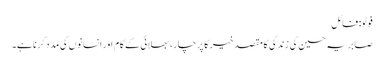
فوٹو: فائل
صابریہ حسین کی زندگی کا مقصد خیر کا پرچار، بھلائی کے کام اور انسانوں کی مدد کرنا ہے۔